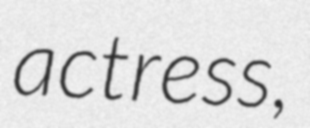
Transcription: actress,